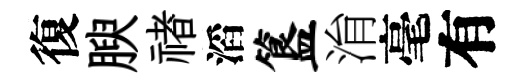
復腴禇滔簋㳙毫有